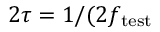
2 \tau = 1 / ( 2 f _ { \mathrm { t e s t } }